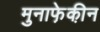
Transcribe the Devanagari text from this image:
मुनाफे़की़न